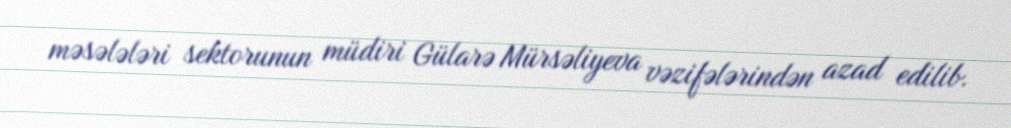
məsələləri sektorunun müdiri Gülarə Mürsəliyeva vəzifələrindən azad edilib.